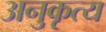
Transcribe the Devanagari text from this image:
अनुकृत्य